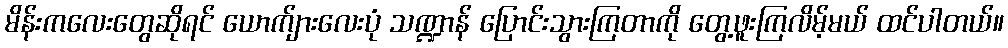
မိန်းကလေးတွေဆိုရင် ယောက်ျားလေးပုံ သဏ္ဍာန် ပြောင်းသွားကြတာကို တွေ့ဖူးကြလိမ့်မယ် ထင်ပါတယ်။